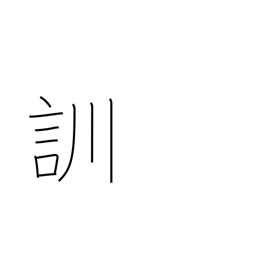
Meaning: read